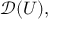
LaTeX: { \mathcal { D } } ( U ) ,